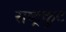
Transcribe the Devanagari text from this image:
राष्‍ट्रकुट